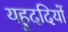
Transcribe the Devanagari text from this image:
यहूददियों